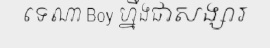
ទេណា Boy ហ្នឹងជាសង្សារ